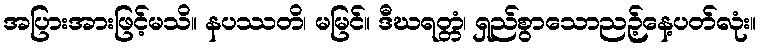
အပြားအားဖြင့်မသိ။ နပဿတိ၊ မမြင်။ ဒီဃရတ္တံ၊ ရှည်စွာသောညဉ့်နေ့ပတ်လုံး။